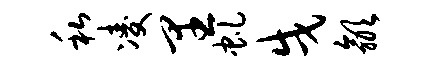
私凌里虬戌歙